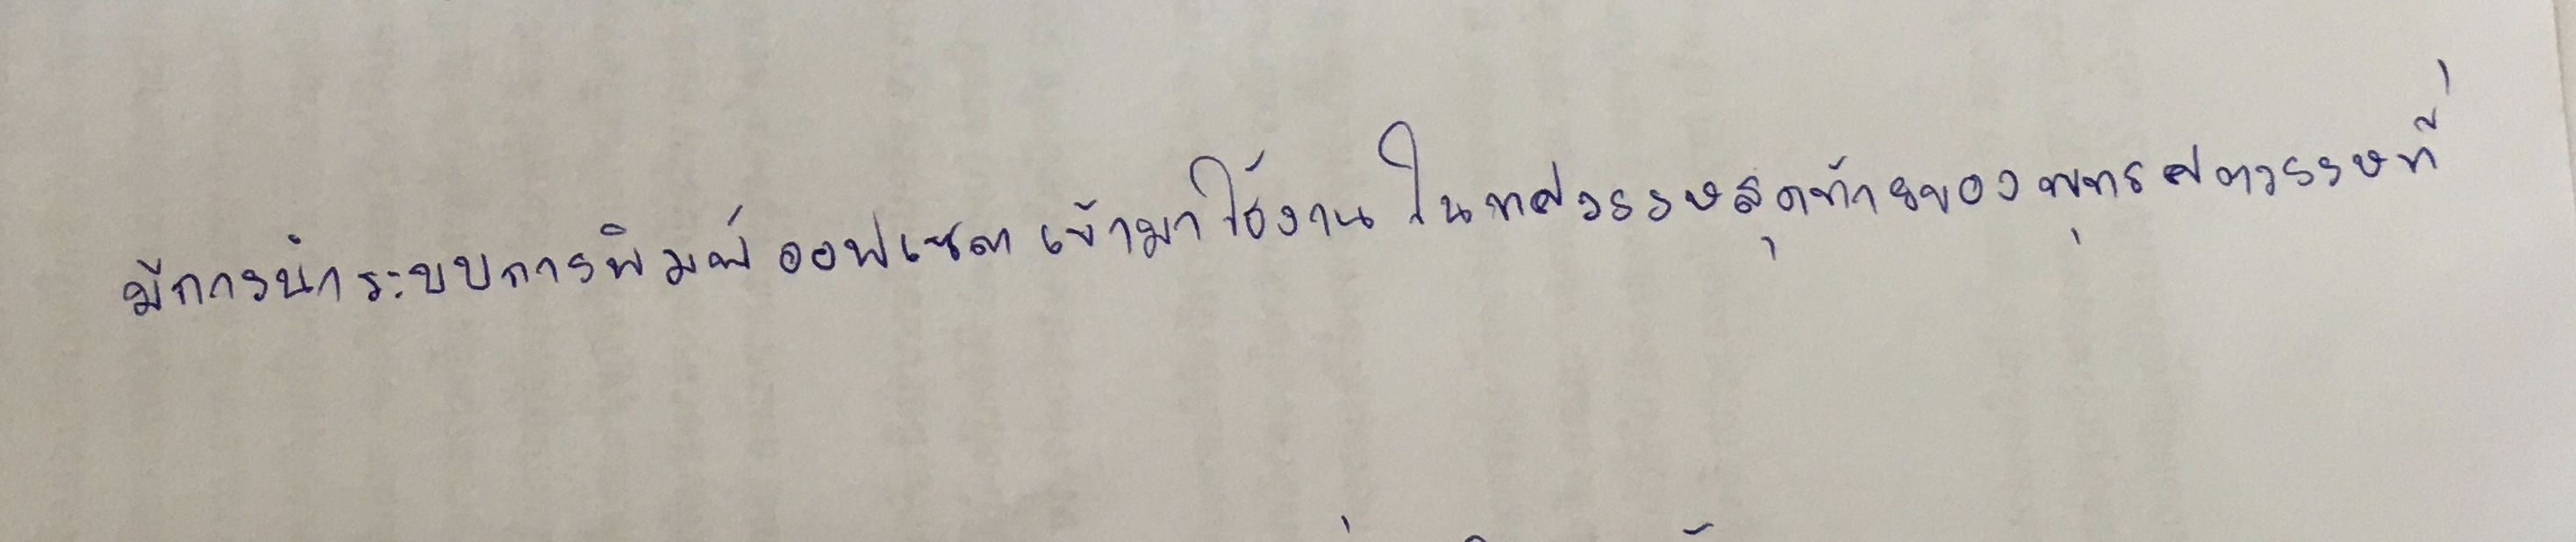
มีการนำระบบการพิมพ์ออฟเซตเข้ามาใช้งานในทศวรรษสุดท้ายของพุทธศตวรรษที่